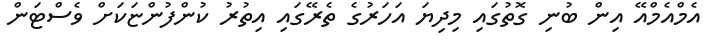
އެމްއެމްއޭ އިން ބުނި ގޮތުގައި މިދިޔަ އަހަރުގެ ތެރޭގައި އިތުރު ކުންފުންޏަކަށް ވެސްޓަން